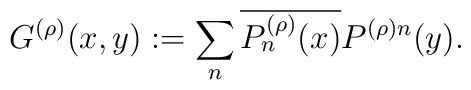
G^{(\rho)}(x,y) := \sum_n \overline{P_n^{(\rho)}(x)} P^{(\rho) n}(y).